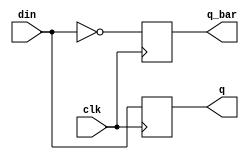
`timescale 1ns / 1ps
//////////////////////////////////////////////////////////////////////////////////
// Company: 
// Engineer: 
// 
// Design Name: 
// Module Name: d_flipflop_with_tb
// Project Name: 
// Target Devices: 
// Tool Versions: 
// Description: 
// 
// Dependencies: 
// 
// Revision:
// Revision 0.01 - File Created
// Additional Comments:
// 
//////////////////////////////////////////////////////////////////////////////////


module d_flipflop_with_tb(
    input clk,din,
    output reg q,q_bar
    );
    
    always@(posedge clk)
    begin
    q<=din;
    q_bar<=~din;
    end
    
endmodule